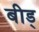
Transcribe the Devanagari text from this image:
बीड्